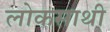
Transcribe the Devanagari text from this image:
लोकसाथी